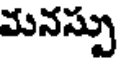
మనస్సు